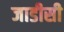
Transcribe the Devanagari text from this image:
जाडीसी